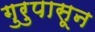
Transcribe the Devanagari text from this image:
गुरुपासून